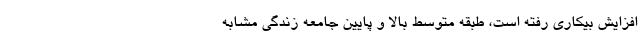
افزایش بيکاري رفته است، طبقه متوسط بالا و پایین جامعه زندگی مشابه